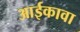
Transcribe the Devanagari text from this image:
आईकावा